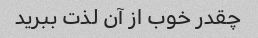
چقدر خوب از آن لذت ببرید